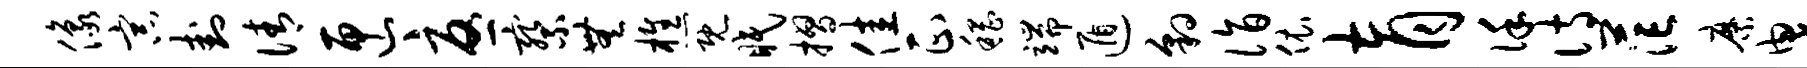
像宗卦倩匣忧察无樵既眠摺佳正稽端遁豹诣依育谨诗茫縻曳